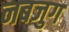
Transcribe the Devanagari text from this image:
नबजुग